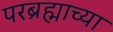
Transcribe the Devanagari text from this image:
परब्रह्माच्या